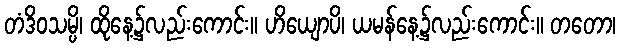
တံဒိဝသမ္ပိ၊ ထိုနေ့၌လည်းကောင်း။ ဟိယျောပိ၊ ယမန်နေ့၌လည်းကောင်း။ တတော၊